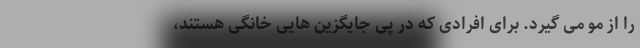
را از مو می گیرد. برای افرادی که در پی جایگزین هایی خانگی هستند،